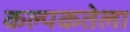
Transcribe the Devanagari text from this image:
कल्पकतेला